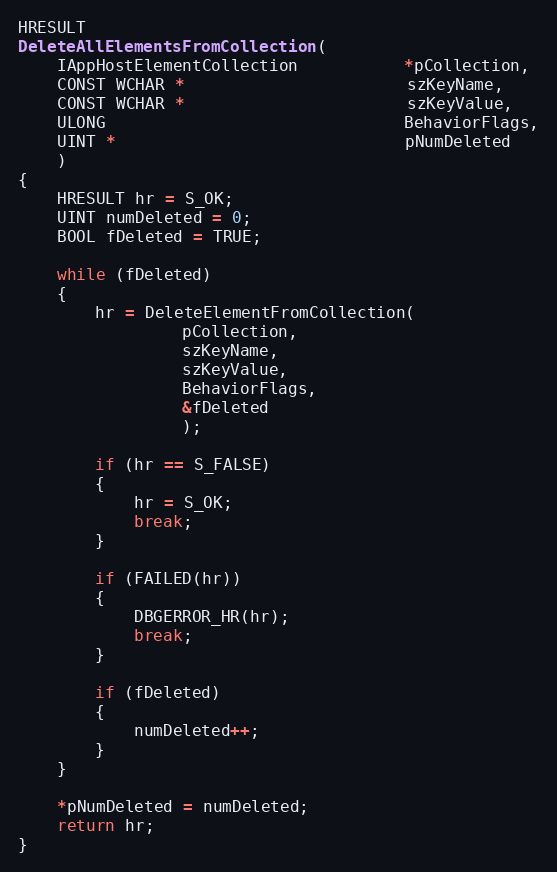
Language: C++
HRESULT
DeleteAllElementsFromCollection(
    IAppHostElementCollection           *pCollection,
    CONST WCHAR *                       szKeyName,
    CONST WCHAR *                       szKeyValue,
    ULONG                               BehaviorFlags,
    UINT *                              pNumDeleted
    )
{
    HRESULT hr = S_OK;
    UINT numDeleted = 0;
    BOOL fDeleted = TRUE;

    while (fDeleted)
    {
        hr = DeleteElementFromCollection(
                 pCollection,
                 szKeyName,
                 szKeyValue,
                 BehaviorFlags,
                 &fDeleted
                 );

        if (hr == S_FALSE)
        {
            hr = S_OK;
            break;
        }

        if (FAILED(hr))
        {
            DBGERROR_HR(hr);
            break;
        }

        if (fDeleted)
        {
            numDeleted++;
        }
    }

    *pNumDeleted = numDeleted;
    return hr;
}